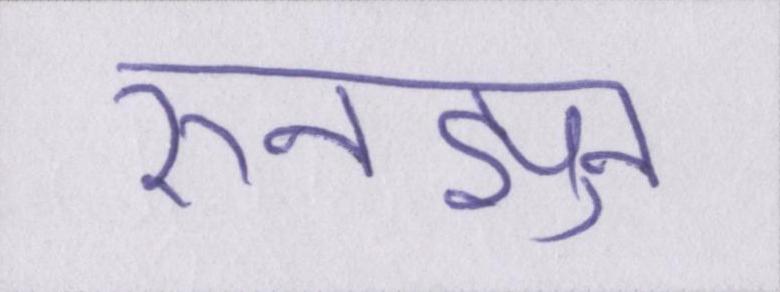
रुनझुन